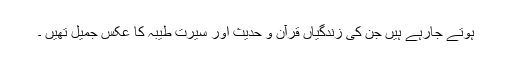
ہوتے جارہے ہیں جن کی زندگیاں قرآن و حدیث اور سیرت طیبہ کا عکس جمیل تھیں ۔